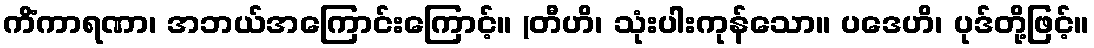
ကိံကာရဏာ၊ အဘယ်အကြောင်းကြောင့်။ (တီဟိ၊ သုံးပါးကုန်သော။ ပဒေဟိ၊ ပုဒ်တို့ဖြင့်။